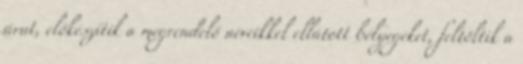
árut, előkészítik a megrendelő neveikkel ellátott bélyegeket, feltöltik a